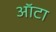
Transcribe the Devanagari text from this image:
ऑटा